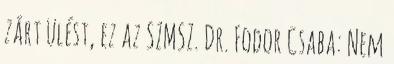
zárt ülést, ez az SZMSZ. Dr. Fodor Csaba: Nem